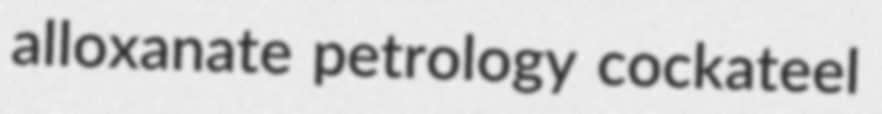
alloxanate petrology cockateel